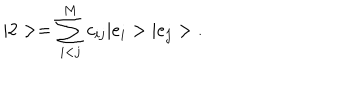
| 2 > = \sum _ { i < j } ^ { \mathrm { M } } c _ { i j } | e _ { i } > | e _ { j } > \; .